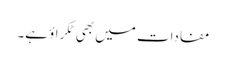
مفادات میں بھی ٹکراؤ ہے۔